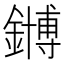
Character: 𫓆